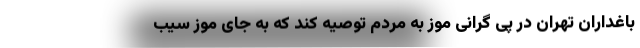
باغداران تهران در پی گرانی موز به مردم توصیه کند که به جای موز سیب